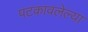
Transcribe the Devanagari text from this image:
पटकावलेल्या